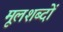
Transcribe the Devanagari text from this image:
मूलशब्दों